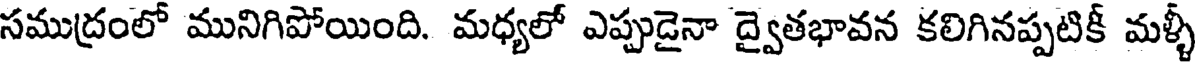
సముద్రంలో మునిగిపోయింది. మధ్యలో ఎప్పుడైనా ద్వైతభావన కలిగినప్పటికీ మళ్ళీ